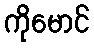
ကိုမောင်